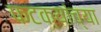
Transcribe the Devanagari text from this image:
फटक्यांच्या